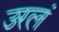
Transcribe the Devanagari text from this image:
उरलं